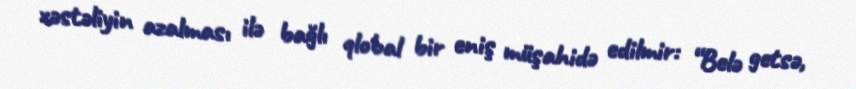
xəstəliyin azalması ilə bağlı qlobal bir eniş müşahidə edilmir: “Belə getsə,